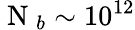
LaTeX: \mathrm{~N~}_{b}\sim 10^{12}